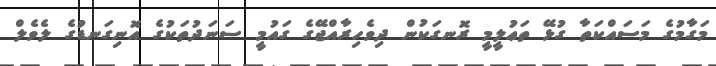
މަގާމުގެ މަސައްކަތާ ގުޅޭ ތަޢުލީމީ ރޮނގަކުން ދިވެހިރާއްޖޭގެ ގައުމީ ސަނަދުތަކުގެ އޮނިގަނޑުގެ ލެވެލް